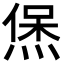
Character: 㷛